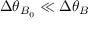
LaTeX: \Delta \theta _ { B _ { 0 } } \ll \Delta \theta _ { B }